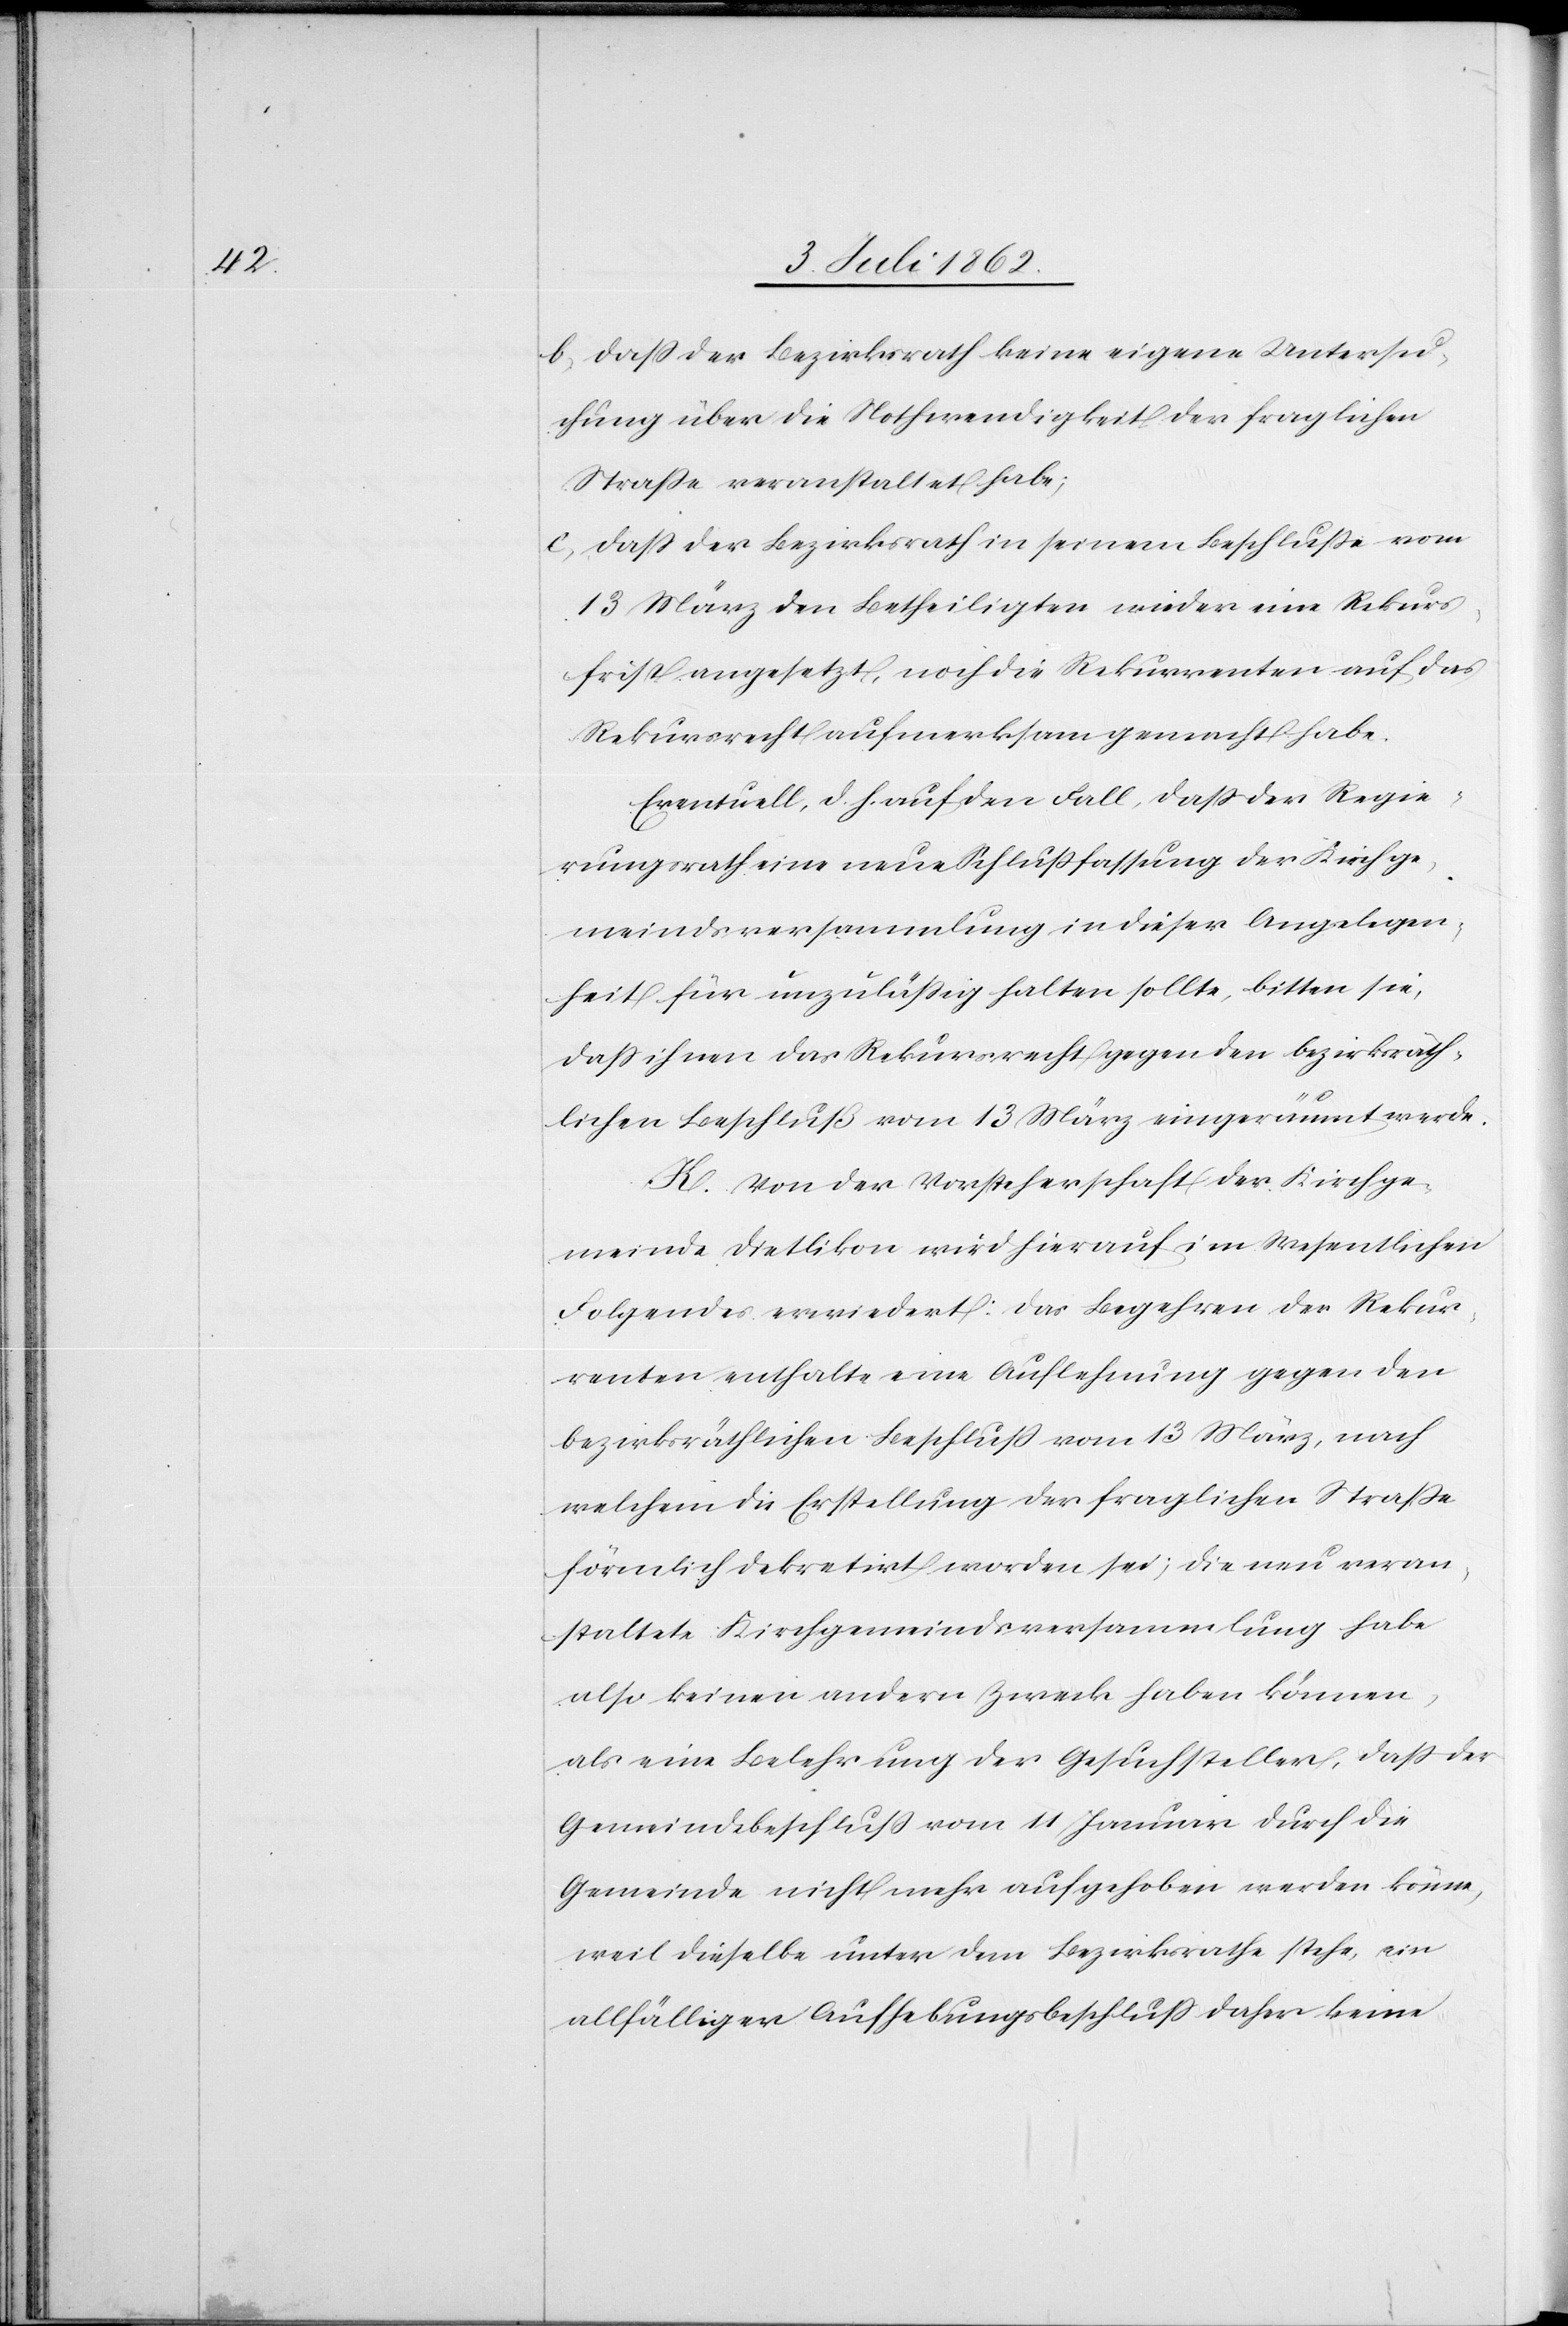
b. Daß der Bezirksrath keine eigene Untersu¬
chung über die Nothwendigkeit der fraglichen
Straße veranstaltet habe;
c. Daß der Bezirksrath in seinem Beschluße vom
13 März den Betheiligten wieder [recte: weder] eine Rekurs¬
frist angesetzt, noch die Rekurrenten auf das
Rekursrecht aufmerksam gemacht habe.
Eventuell, d. h. auf den Fall, daß der Regie¬
rungsrath eine neue Schlußfassung der Kirchge¬
meindsversammlung in dieser Angelegen¬
heit für unzuläßig halten sollte, bitten sie,
daß ihnen das Rekursrecht gegen den bezirksräth¬
lichen Beschluß vom 13 März eingeräumt werde.
K. Von der Vorsteherschaft der Kirchge¬
meinde Dietlikon wird hierauf im Wesentlichen
Folgendes erwiedert: Das Begehren der Rekur¬
renten enthalte eine Auflehnung gegen den
bezirksräthlichen Beschluß vom 13. März, nach
welchem die Erstellung der fraglichen Straße
förmlich dekretirt worden sei; die neu veran¬
staltete Kirchgemeindsversammlung habe
also keinen andern Zweck haben können,
als eine Belehrung der Gesuchsteller, daß der
Gemeindebeschluß vom 11 Januar durch die
Gemeinde nicht mehr aufgehoben werden könne,
weil dieselbe unter dem Bezirksrathe stehe, ein
allfälliger Aufhebungsbeschluß daher keine